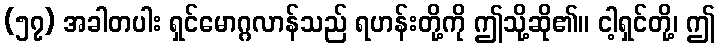
(၅၇) အခါတပါး ရှင်မောဂ္ဂလာန်သည် ရဟန်းတို့ကို ဤသို့ဆို၏။ ငါ့ရှင်တို့၊ ဤ